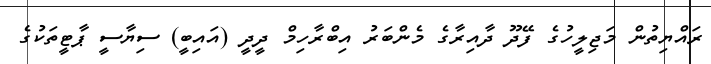
ރައްޔިތުން މަޖިލީހުގެ ފޭދޫ ދާއިރާގެ މެންބަރު އިބްރާހިމް ދީދީ (އައިބީ) ސިޔާސީ ޕާޓީތަކުގެ